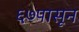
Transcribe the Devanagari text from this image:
६७पासून